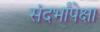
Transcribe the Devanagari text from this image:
संदर्भांपेक्षा